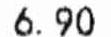
6.90